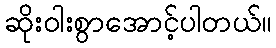
ဆိုးဝါးစွာအောင့်ပါတယ်။